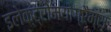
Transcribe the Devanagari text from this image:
इलेक्ट्रोमयोग्रैम्स